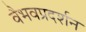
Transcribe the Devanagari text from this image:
वैभवप्रदर्शन